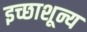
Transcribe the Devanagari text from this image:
इच्छाशून्य